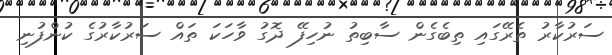
ސަރުކާރު ތެރޭގައި ތިބެގެން ސާބިތު ނުހިފޭ ދޮގު ވާހަކަ ތައް ސަރުކާރުގެ ކުންފުނި